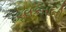
કલકતાની